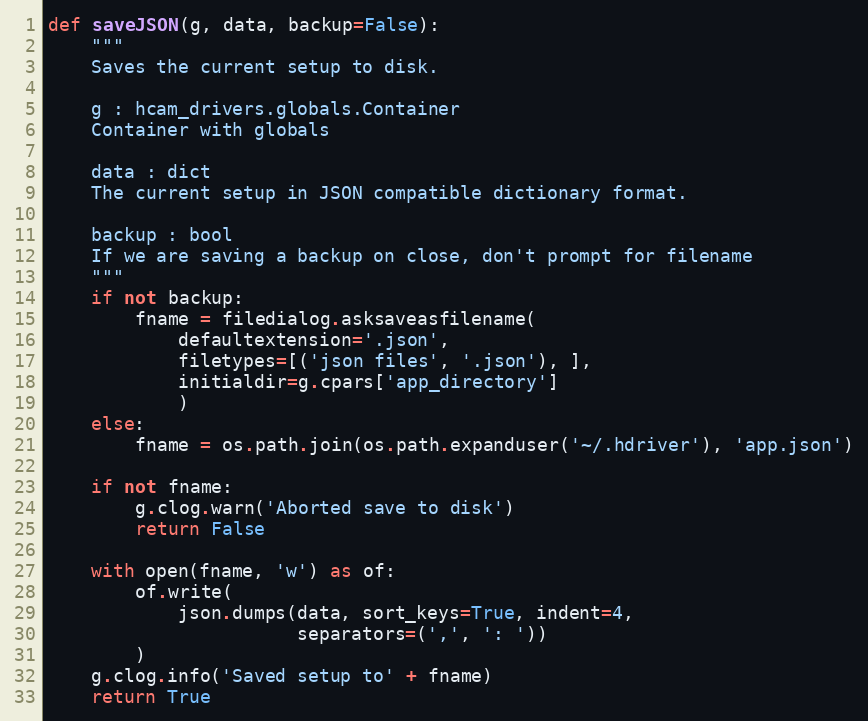
Language: Python
def saveJSON(g, data, backup=False):
    """
    Saves the current setup to disk.

    g : hcam_drivers.globals.Container
    Container with globals

    data : dict
    The current setup in JSON compatible dictionary format.

    backup : bool
    If we are saving a backup on close, don't prompt for filename
    """
    if not backup:
        fname = filedialog.asksaveasfilename(
            defaultextension='.json',
            filetypes=[('json files', '.json'), ],
            initialdir=g.cpars['app_directory']
            )
    else:
        fname = os.path.join(os.path.expanduser('~/.hdriver'), 'app.json')

    if not fname:
        g.clog.warn('Aborted save to disk')
        return False

    with open(fname, 'w') as of:
        of.write(
            json.dumps(data, sort_keys=True, indent=4,
                       separators=(',', ': '))
        )
    g.clog.info('Saved setup to' + fname)
    return True